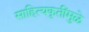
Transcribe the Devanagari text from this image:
साहित्यकृतींमुळे